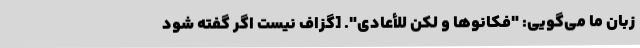
زبان ما می‌گویی: "فکانُوها و لکن للأعادی". [گزاف نیست اگر گفته شود